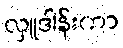
လှူဒါန်းကာ